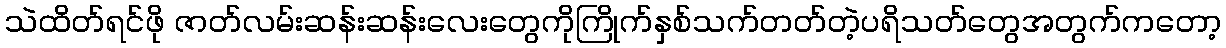
သဲထိတ်ရင်ဖို ဇာတ်လမ်းဆန်းဆန်းလေးတွေကိုကြိုက်နှစ်သက်တတ်တဲ့ပရိသတ်တွေအတွက်ကတော့